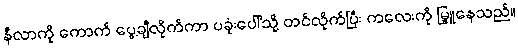
နီလာကို ကောက် ပွေ့ချီလိုက်ကာ ပခုံးပေါ်သို့ တင်လိုက်ပြီး ကလေးကို မြှူနေသည်။